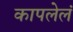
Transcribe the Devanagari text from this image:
कापलेलं